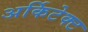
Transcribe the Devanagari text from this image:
अर्किटेक्ट